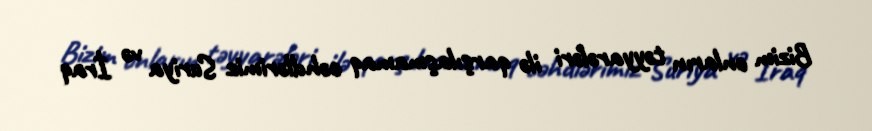
Bizim onların təyyarələri ilə qarşılaşmamaq cəhdlərimiz Suriya və İraq